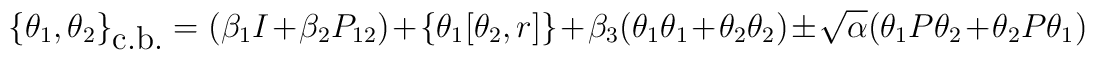
\{\theta_1,\theta_2\}_{\mbox{c.b.}}=(\beta_1I+\beta_2P_{12})+\{\theta_1[\theta_2,r]\}+\beta_3(\theta_1\theta_1+\theta_2\theta_2)\pm \sqrt{\alpha}(\theta_1P\theta_2+\theta_2P\theta_1)